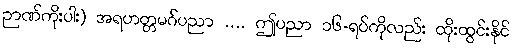
ဉာဏ်ကိုးပါး) အရဟတ္တမဂ်ပညာ .... ဤပညာ ၁၆-ရပ်ကိုလည်း ထိုးထွင်းနိုင်